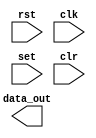
module sr_reg(
        rst,
        clk,
        set,
        clr,
        data_out
    );
    parameter init  = 1'b1;
    input rst;
    input clk;
    input set;
    input clr;
    output data_out;
endmodule